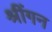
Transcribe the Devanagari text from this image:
श्रींगन